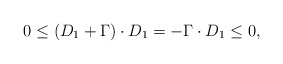
\begin{align*} 0\leq (D_1+\Gamma)\cdot D_1= -\Gamma\cdot D_1\leq 0,\end{align*}